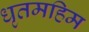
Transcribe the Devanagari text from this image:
धृतमहिम